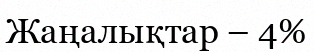
Жаңалықтар – 4%